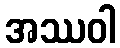
အဿဝါ